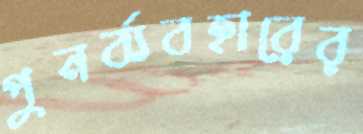
পুনর্ব্যবহারের